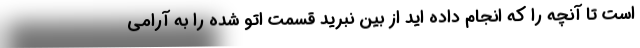
است تا آنچه را که انجام داده اید از بین نبرید قسمت اتو شده را به آرامی